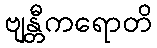
ဗျန္တီကရောတိ